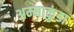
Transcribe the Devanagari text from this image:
अम्माकुंडा